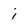
Character: i